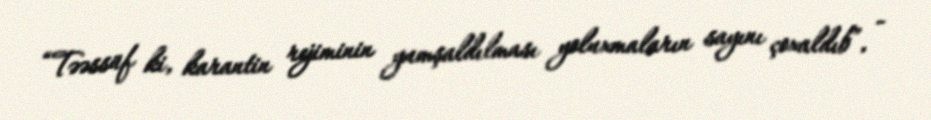
“Təəssüf ki, karantin rejiminin yumşaldılması yoluxmaların sayını çoxaldıb”, -